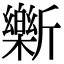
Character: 𫿾